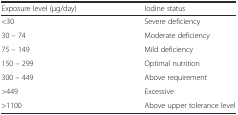
| Exposure level (μg/day) | Iodine status |
 | --- | --- |
 | <30 | Severe deficiency |
 | 30 – 74 | Moderate deficiency |
 | 75 – 149 | Mild deficiency |
 | 150 – 299 | Optimal nutrition |
 | 300 – 449 | Above requirement |
 | >449 | Excessive |
 | >1100 | Above upper tolerance level |